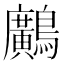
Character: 𪇵